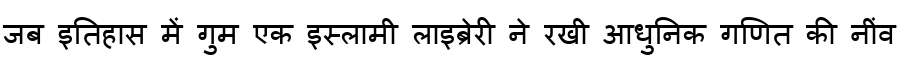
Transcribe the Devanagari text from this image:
जब इतिहास में गुम एक इस्लामी लाइब्रेरी ने रखी आधुनिक गणित की नींव